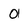
Character: 0